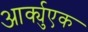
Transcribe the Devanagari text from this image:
आर्क्युएक